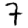
Digit: 7